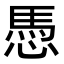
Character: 𢟀